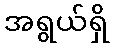
အရွယ်ရှိ